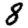
Digit: 8